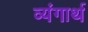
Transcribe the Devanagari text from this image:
व्यंगार्थ